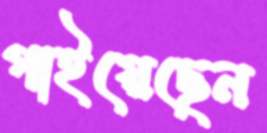
গাইয়েছেন